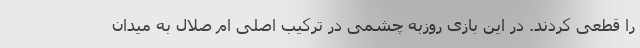
را قطعی کردند. در این بازی روزبه چشمی در ترکیب اصلی ام صلال به میدان